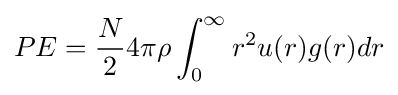
PE={\frac {N}{2}}4\pi \rho \int _{0}^{\infty }r^{2}u(r)g(r)dr